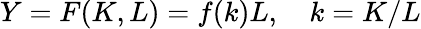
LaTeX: Y=F(K,L)=f(k)L,\quad k=K/L